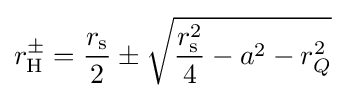
r_{\text{H}}^{\pm }={\frac {r_{\rm {s}}}{2}}\pm {\sqrt {{\frac {r_{\rm {s}}^{2}}{4}}-a^{2}-r_{Q}^{2}}}